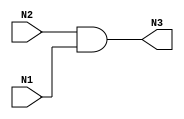
module test_and(N3, N2, N1);

input N1,N2;
output N3;


and AND2_1 (N3, N2, N1);
endmodule